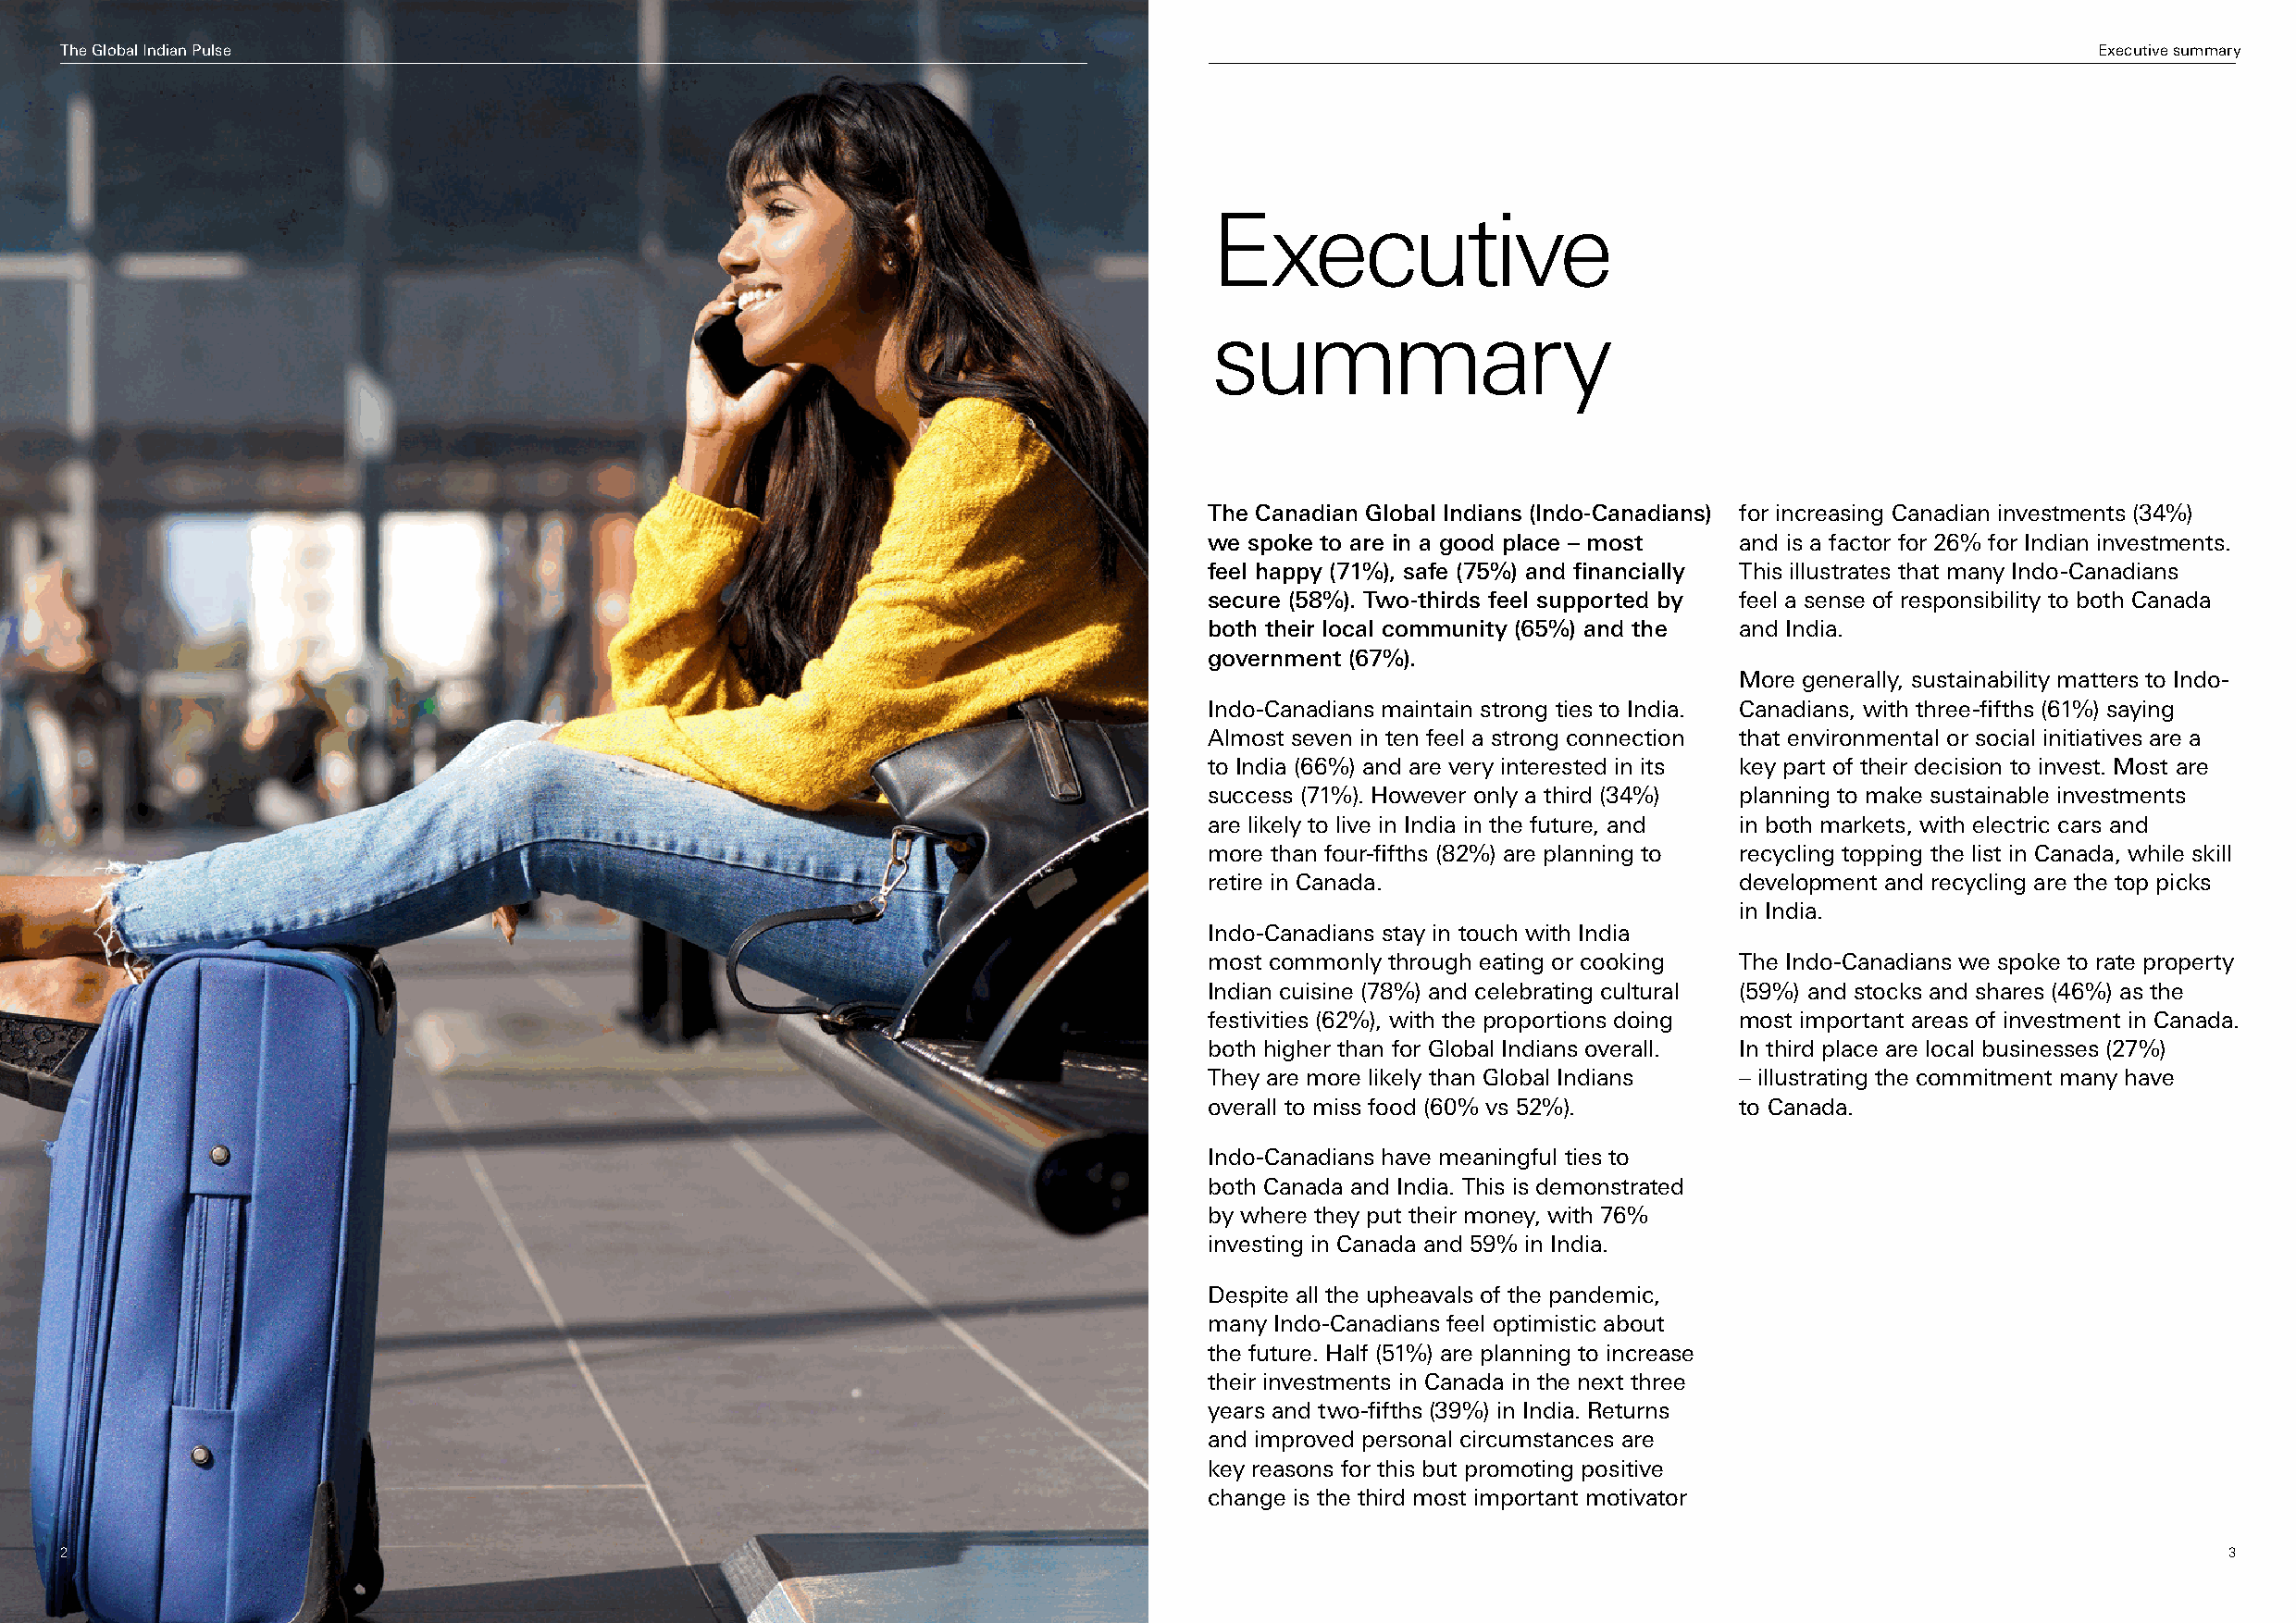
The Global Indian Pulse                                                                                                                           Executive summary
 Executive
 summary
 The Canadian Global Indians (Indo-Canadians) for increasing Canadian investments (34%)
 we spoke to are in a good place – most and is a factor for 26% for Indian investments.
 feel happy (71%), safe (75%) and financially This illustrates that many Indo-Canadians
 secure (58%). Two-thirds feel supported by feel a sense of responsibility to both Canada
 both their local community (65%) and the and India.
 government (67%).
 More generally, sustainability matters to Indo-
 Indo-Canadians maintain strong ties to India. Canadians, with three-fifths (61%) saying
 Almost seven in ten feel a strong connection that environmental or social initiatives are a
 to India (66%) and are very interested in its key part of their decision to invest. Most are
 success (71%). However only a third (34%) planning to make sustainable investments
 are likely to live in India in the future, and in both markets, with electric cars and
 more than four-fifths (82%) are planning to recycling topping the list in Canada, while skill
 retire in Canada.                     development and recycling are the top picks
 in India.
 Indo-Canadians stay in touch with India
 most commonly through eating or cooking The Indo-Canadians we spoke to rate property
 Indian cuisine (78%) and celebrating cultural (59%) and stocks and shares (46%) as the
 festivities (62%), with the proportions doing most important areas of investment in Canada.
 both higher than for Global Indians overall. In third place are local businesses (27%)
 They are more likely than Global Indians – illustrating the commitment many have
 overall to miss food (60% vs 52%).    to Canada.
 Indo-Canadians have meaningful ties to
 both Canada and India. This is demonstrated
 by where they put their money, with 76%
 investing in Canada and 59% in India.
 Despite all the upheavals of the pandemic,
 many Indo-Canadians feel optimistic about
 the future. Half (51%) are planning to increase
 their investments in Canada in the next three
 years and two-fifths (39%) in India. Returns
 and improved personal circumstances are
 key reasons for this but promoting positive
 change is the third most important motivator
 22                                                                                                                                                         3